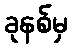
ခုနစ်မှ